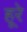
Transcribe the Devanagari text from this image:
हूरे